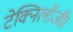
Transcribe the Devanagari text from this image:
टेक्निलॉजी।